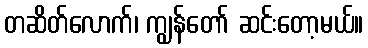
တဆိတ်လောက်၊ ကျွန်တော် ဆင်းတော့မယ်။